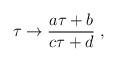
LaTeX: \begin{align*}\tau \rightarrow {a\tau + b\over c\tau + d}\ ,\end{align*}